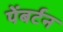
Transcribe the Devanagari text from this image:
पेंबर्टन